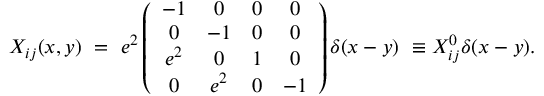
X _ { i j } ( x , y ) ~ = ~ e ^ { 2 } \left( \begin{array} { c c c c } { { - 1 } } & { { 0 } } & { { 0 } } & { { 0 } } \\ { { 0 } } & { { - 1 } } & { { 0 } } & { { 0 } } \\ { { e ^ { 2 } } } & { { 0 } } & { { 1 } } & { { 0 } } \\ { { 0 } } & { { e ^ { 2 } } } & { { 0 } } & { { - 1 } } \end{array} \right) \delta ( x - y ) ~ \equiv X _ { i j } ^ { 0 } \delta ( x - y ) .